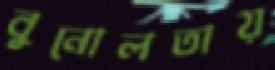
বুনোলতায়